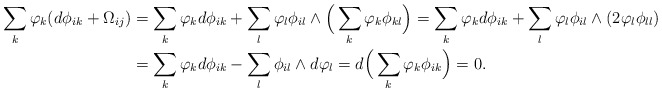
\begin{align*} \sum_{k}\varphi_k(d\phi_{ik}+\Omega_{ij})&=\sum_k\varphi_kd\phi_{ik}+\sum_l\varphi_l\phi_{il}\wedge\Big(\sum_k\varphi_k\phi_{kl}\Big)=\sum_k\varphi_kd\phi_{ik}+\sum_l\varphi_l\phi_{il}\wedge(2\varphi_l\phi_{ll})\\ &=\sum_k\varphi_kd\phi_{ik}-\sum_{l}\phi_{il}\wedge d\varphi_l=d\Big(\sum_k\varphi_k\phi_{ik}\Big)=0. \end{align*}